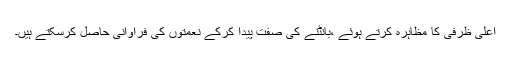
اعلیٰ ظرفی کا مظاہرہ کرتے ہوئے ،بانٹنے کی صفت پیدا کرکے نعمتوں کی فراوانی حاصل کرسکتے ہیں۔